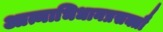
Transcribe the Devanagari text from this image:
आत्माभिधानप्रसक्तौ